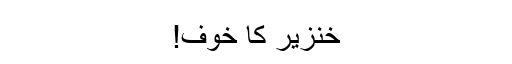
خنزیر کا خوف!